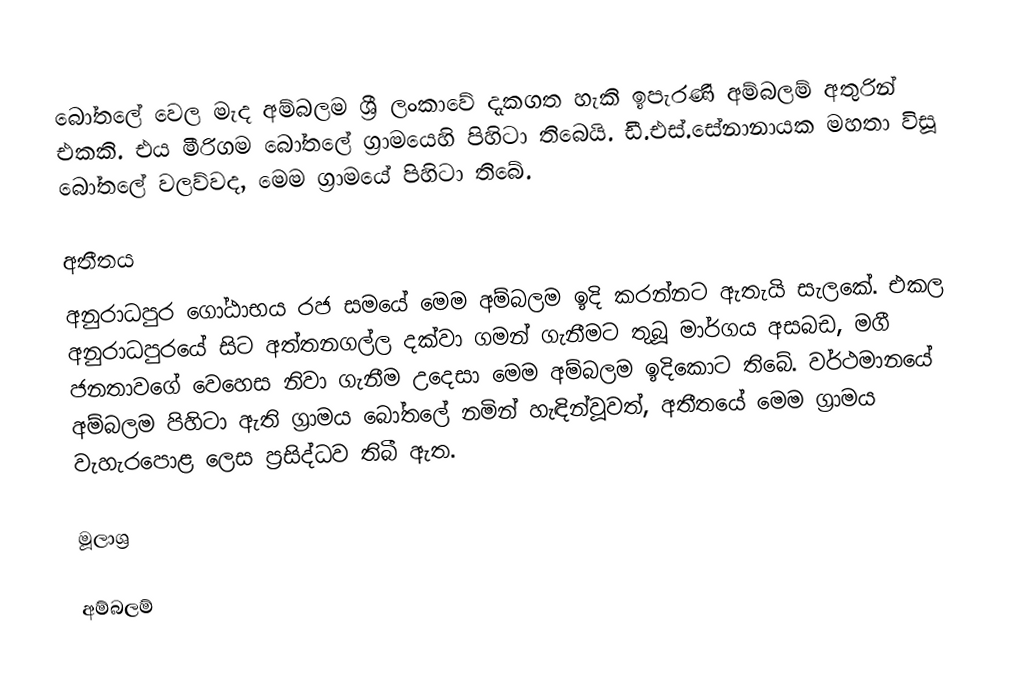
බෝතලේ වෙල මැද අම්බලම ශ්‍රී ලංකාවේ දැකගත හැකි ඉපැරණි අම්බලම් අතුරින් එකකි. එය මීරිගම බෝතලේ ග්‍රාමයෙහි පිහිටා තිබෙයි. ඩී.එස්.සේනානායක මහතා විසූ බෝතලේ වලව්වද, මෙම ග්‍රාමයේ පිහිටා තිබේ.

අතීතය
අනුරාධපුර ගෝඨාභය රජ සමයේ මෙම අම්බලම ඉදි කරන්නට ඇතැයි සැලකේ. එකල අනුරාධපුරයේ සිට අත්තනගල්ල දක්වා ගමන් ගැනීමට තුබූ මාර්ගය අසබඩ, මගී ජනතාවගේ වෙහෙස නිවා ගැනීම උදෙසා මෙම අම්බලම ඉදිකොට තිබේ. වර්ථමානයේ අම්බලම පිහිටා ඇති ග්‍රාමය බෝතලේ නමින් හැඳින්වූවත්, අතීතයේ මෙම ග්‍රාමය වැහැරපොළ ලෙස ප‍්‍රසිද්ධව තිබී ඇත.

මූලාශ්‍ර

අම්බලම්